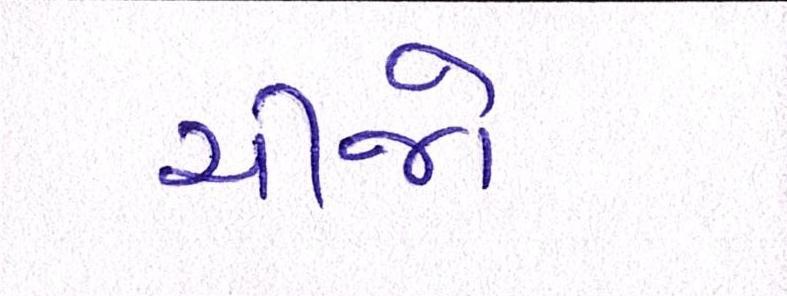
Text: ચીજો